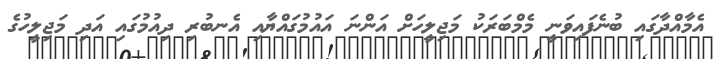
އެމާއްދާގައި ބުނެފައިވަނީ މެމްބަރަކު މަޖިލީހަށް އަންނަ އައުމުގައްޔާއި އެނބުރި ދިއުމުގައި އަދި މަޖިލީހުގެ